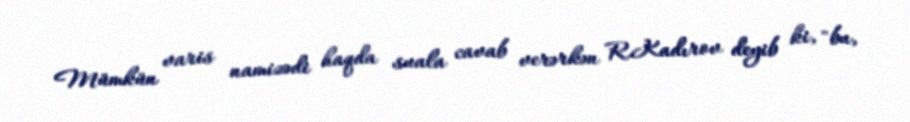
Mümkün varis namizədi haqda suala cavab verərkən R.Kadırov deyib ki, "bu,